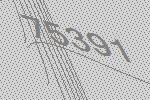
75391